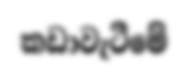
කඩාවැටීමේ